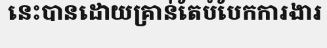
នេះបានដោយគ្រាន់តែបំបែកការងារ